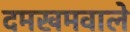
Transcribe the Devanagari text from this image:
दमखमवाले